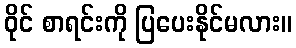
ဝိုင် စာရင်းကို ပြပေးနိုင်မလား။